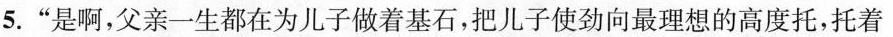
5.“是啊，父亲一生都在为儿子做着基石，把儿子使劲向最理想的高度托，托着